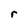
Character: r